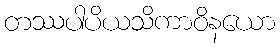
တဿပါပိယသိကာဝိနယော